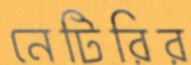
নেটিরির